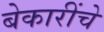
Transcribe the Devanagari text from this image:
बेकारींचे